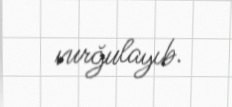
vurğulayıb.